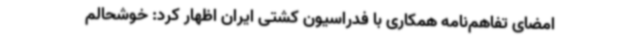
امضای تفاهم‌نامه همکاری با فدراسیون کشتی ایران اظهار کرد: خوشحالم